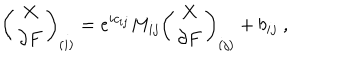
\left( \begin{array} { c } { { X } } \\ { { \partial F } } \\ \end{array} \right) _ { ( i ) } = e ^ { i c _ { i j } } M _ { i j } \left( \begin{array} { c } { { X } } \\ { { \partial F } } \\ \end{array} \right) _ { ( j ) } + b _ { i j } \ ,